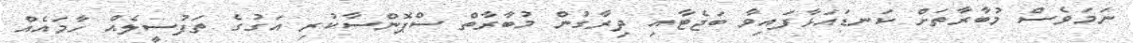
ނަމަވެސް މުބާރާތަށް ކަނޑައަޅާފައިވާ ބަޖެޓާއި ދިރާގުން މުބާރާތް ސްޕޮންސާކުރި އަގުގެ ތަފުސީލެއް ހާމައެއް